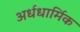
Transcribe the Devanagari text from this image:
अर्धधार्मिक